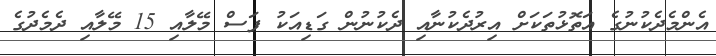
އެންމެދެކުނުގެ އަތޮޅުތަކަށް އިރުދެކުނާއި ދެކުނުން ގަޑިއަކު ފަސް މޭލާއި 15 މޭލާއި ދެމެދުގެ